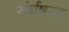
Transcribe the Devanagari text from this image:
संर्घषरत